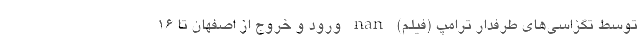
توسط تگزاسی‌های طرفدار ترامپ (فیلم) nan ورود و خروج از اصفهان تا 16